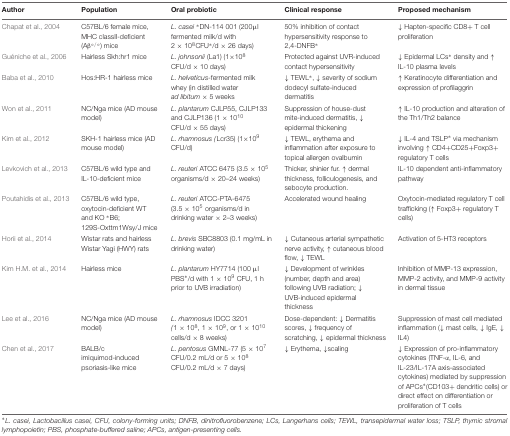
<table><thead><tr><td><b>Author</b></td><td><b>Population</b></td><td><b>Oral probiotic</b></td><td><b>Clinical response</b></td><td><b>Proposed mechanism</b></td></tr></thead><tbody><tr><td>Chapat et al., 2004</td><td>C57BL/6 female mice, MHC classII-deficient (Aβ<sup>∘/∘</sup>) mice</td><td><i>L. casei</i><sup>∗</sup>DN-114 001 (200μl fermented milk/d with 2 × 10<sup>8</sup>CFU<sup>∗</sup>/d × 26 days)</td><td>50% inhibition of contact hypersensitivity response to 2,4-DNFB<sup>∗</sup></td><td>↓ Hapten-specific CD8+ T cell proliferation</td></tr><tr><td>Guéniche et al., 2006</td><td>Hairless Skh:hr1 mice</td><td><i>L. johnsonii</i> (La1) (1×10<sup>8</sup> CFU/d × 10 days)</td><td>Protected against UVR-induced contact hypersensitivity</td><td>↓ Epidermal LCs<sup>∗</sup> density and ↑ IL-10 plasma levels</td></tr><tr><td>Baba et al., 2010</td><td>Hos:HR-1 hairless mice</td><td><i>L. helveticus</i>-fermented milk whey (in distilled water <i>ad libitum</i> × 5 weeks</td><td>↓ TEWL<sup>∗</sup>, ↓ severity of sodium dodecyl sulfate-induced dermatitis</td><td>↑ Keratinocyte differentiation and expression of profilaggrin</td></tr><tr><td>Won et al., 2011</td><td>NC/Nga mice (AD mouse model)</td><td><i>L. plantarum</i> CJLP55, CJLP133 and CJLP136 (1 × 10<sup>10</sup> CFU/d × 55 days)</td><td>Suppression of house-dust mite-induced dermatitis, ↓ epidermal thickening</td><td>↑ IL-10 production and alteration of the Th1/Th2 balance</td></tr><tr><td>Kim et al., 2012</td><td>SKH-1 hairless mice (AD mouse model)</td><td><i>L. rhamnosus</i> (Lcr35) (1×10<sup>9</sup> CFU/d)</td><td>↓ TEWL, erythema and inflammation after exposure to topical allergen ovalbumin</td><td>↓ IL-4 and TSLP<sup>∗</sup> via mechanism involving ↑ CD4+CD25+Foxp3+ regulatory T cells</td></tr><tr><td>Levkovich et al., 2013</td><td>C57BL/6 wild type and IL-10-deficient mice</td><td><i>L. reuteri</i> ATCC 6475 (3.5 × 10<sup>5</sup> organisms/d × 20–24 weeks)</td><td>Thicker, shinier fur. ↑ dermal thickness, folliculogenesis, and sebocyte production.</td><td>IL-10 dependent anti-inflammatory pathway</td></tr><tr><td>Poutahidis et al., 2013</td><td>C57BL/6 wild type, oxytocin-deficient WT and KO <sup>∗</sup>B6; 129S-Oxttm1Wsy/J mice</td><td><i>L. reuteri</i> ATCC-PTA-6475 (3.5 × 10<sup>5</sup> organisms/d in drinking water × 2–3 weeks)</td><td>Accelerated wound healing</td><td>Oxytocin-mediated regulatory T cell trafficking (↑ Foxp3+ regulatory T cells)</td></tr><tr><td>Horii et al., 2014</td><td>Wistar rats and hairless Wistar Yagi (HWY) rats</td><td><i>L. brevis</i> SBC8803 (0.1 mg/mL in drinking water)</td><td>↓ Cutaneous arterial sympathetic nerve activity, ↑ cutaneous blood flow, ↓ TEWL</td><td>Activation of 5-HT3 receptors</td></tr><tr><td>Kim H.M. et al., 2014</td><td>Hairless mice</td><td><i>L. plantarum</i> HY7714 (100 μl PBS<sup>∗</sup>/d with 1 × 10<sup>9</sup> CFU, 1 h prior to UVB irradiation)</td><td>↓ Development of wrinkles (number, depth and area) following UVB radiation; ↓ UVB-induced epidermal thickness</td><td>Inhibition of MMP-13 expression, MMP-2 activity, and MMP-9 activity in dermal tissue</td></tr><tr><td>Lee et al., 2016</td><td>NC/Nga mice (AD mouse model)</td><td><i>L. rhamnosus</i> IDCC 3201 (1 × 10<sup>8</sup>, 1 × 10<sup>9</sup>, or 1 × 10<sup>10</sup> cells/d × 8 weeks)</td><td>Dose-dependent: ↓ Dermatitis scores, ↓ frequency of scratching, ↓ epidermal thickness</td><td>Suppression of mast cell mediated inflammation (↓ mast cells, ↓ IgE, ↓ IL4)</td></tr><tr><td>Chen et al., 2017</td><td>BALB/c imiquimod-induced psoriasis-like mice</td><td><i>L. pentosus</i> GMNL-77 (5 × 10<sup>7</sup> CFU/0.2 mL/d or 5 × 10<sup>8</sup> CFU/0.2 mL/d × 7 days)</td><td>↓ Erythema, ↓scaling</td><td>↓ Expression of pro-inflammatory cytokines (TNF-α, IL-6, and IL-23/IL-17A axis-associated cytokines) mediated by suppression of APCs<sup>∗</sup>(CD103+ dendritic cells) or direct effect on differentiation or proliferation of T cells</td></tr></tbody></table>